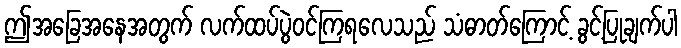
ဤအခြေအနေအတွက် လက်ထပ်ပွဲဝင်ကြရလေသည် သံဓာတ်ကြောင့် ခွင့်ပြုချက်ပါ